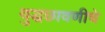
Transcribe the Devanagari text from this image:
युद्धछावणीचे